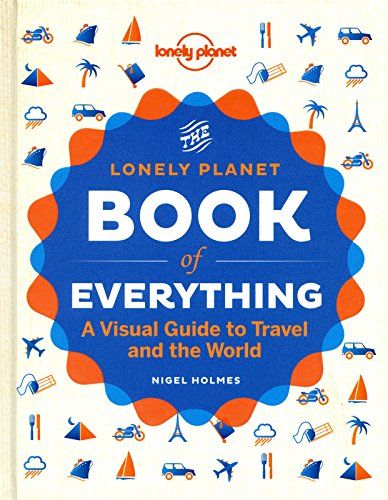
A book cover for The Book of Everything: A Visual Guide to Travel and the World; Lonely Planet; Humor & Entertainment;